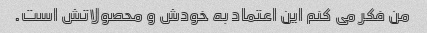
من فکر می کنم این اعتماد به خودش و محصولاتش است.